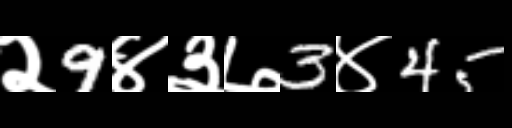
Text: २9४३७3४45